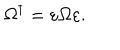
\Omega ^ { \dagger } = \varepsilon \Omega \varepsilon .